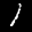
Label: 1